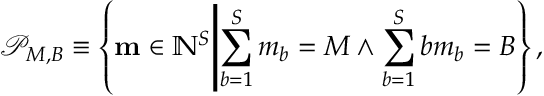
\mathcal { P } _ { M , B } \equiv \left\{ \mathbf { m } \in \mathbb { N } ^ { S } \middle | \sum _ { b = 1 } ^ { S } m _ { b } = M \land \sum _ { b = 1 } ^ { S } b m _ { b } = B \right\} ,